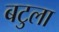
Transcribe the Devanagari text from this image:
बटुला